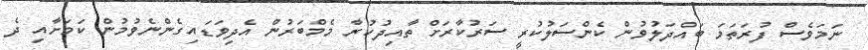
ނަމަވެސް ފުރަތަމަ ބައްދަލުވުން ކެންސަލުކުރީ ސަރުކާރަށް ތާއިދުކުރާ މެމްބަރުން އެދިވަޑައިގެންނެވުމުން ކަމަށާއި ދެ